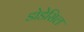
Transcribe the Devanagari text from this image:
डोडेसिल